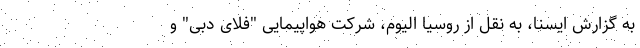
به گزارش ایسنا، به نقل از روسیا الیوم، شرکت هواپیمایی "فلای دبی" و